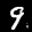
Label: 9